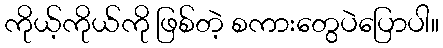
ကိုယ့်ကိုယ်ကို ဖြစ်တဲ့ စကားတွေပဲပြောပါ။